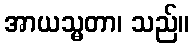
အာယသ္မတာ၊ သည်။